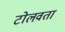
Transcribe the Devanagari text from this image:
टोलवता